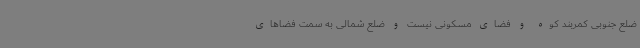
ضلع جنوبی کمربند کوه و فضای مسکونی نیست و ضلع شمالی به سمت فضاهای